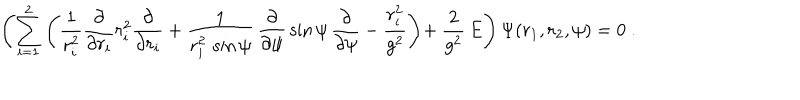
\left( \sum _ { i = 1 } ^ { 2 } \left( \frac { 1 } { r _ { i } ^ { 2 } } \frac { \partial } { \partial r _ { i } } r _ { i } ^ { 2 } \frac { \partial } { \partial r _ { i } } + \frac { 1 } { r _ { i } ^ { 2 } \, \sin \psi } \, \frac { \partial } { \partial \psi } \, \sin \psi \, \frac { \partial } { \partial \psi } - \frac { r _ { i } ^ { 2 } } { g ^ { 2 } } \right) \! + \frac { 2 } { g ^ { 2 } } \, E \right) \Psi ( r _ { 1 } , r _ { 2 } , \psi ) = 0 \; .